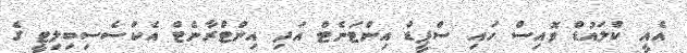
އެއީ ކްލައުޑް ވޮއިސް ހައި ސްޕީޑް އިންޓަނެޓް އަދި އިންޓްރާނެޓް އެކްސެސިބިލިޓީ ގެ